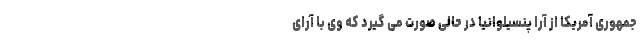
جمهوری آمریکا از آرا پنسیلوانیا در حالی صورت می گیرد که وی با آرای